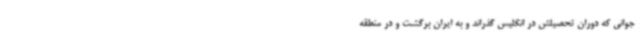
جوانی که دوران تحصیلش در انگلیس گذراند و به ایران برگشت و در منطقه